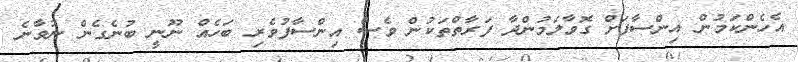
އެހެންކަމުން އިންސާފަށް ގޮވާލަމުންދާ ފަރާތްތަކުން ވެސް އިންސާފުވެރި ބަހެއް ނޫނީ ބުނެގެން ނުވާނެ